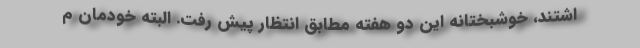
اشتند، خوشبختانه این دو هفته مطابق انتظار پیش رفت. البته خودمان م